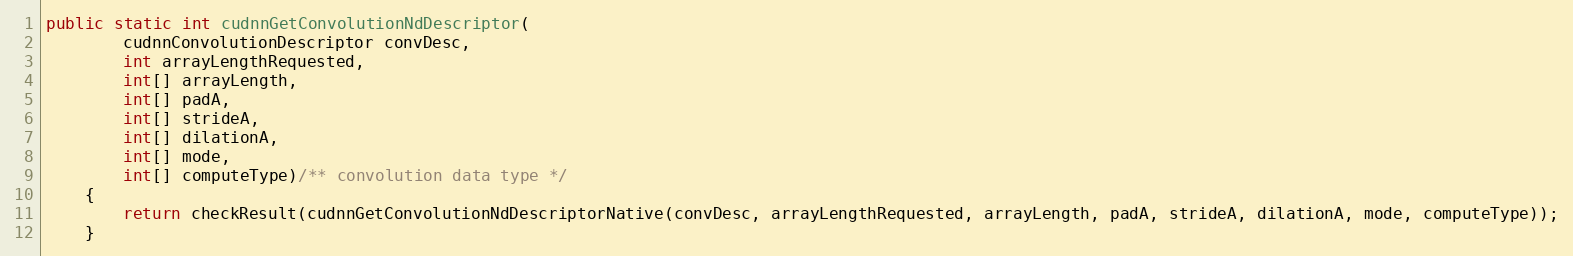
Language: Java
public static int cudnnGetConvolutionNdDescriptor(
        cudnnConvolutionDescriptor convDesc,
        int arrayLengthRequested,
        int[] arrayLength,
        int[] padA,
        int[] strideA,
        int[] dilationA,
        int[] mode,
        int[] computeType)/** convolution data type */
    {
        return checkResult(cudnnGetConvolutionNdDescriptorNative(convDesc, arrayLengthRequested, arrayLength, padA, strideA, dilationA, mode, computeType));
    }